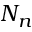
N _ { n }